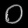
Digit: ၀